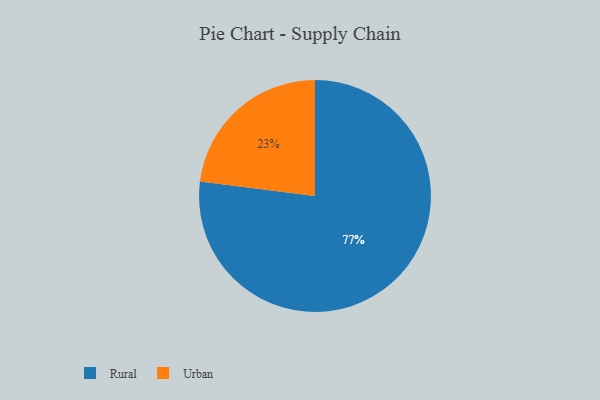
{"axis": {"x": "Category", "y": "Percentage"}, "legend": ["Rural", "Urban"], "data": [{"x": "Urban", "y": 23, "type": "Urban"}, {"x": "Rural", "y": 77, "type": "Rural"}]}